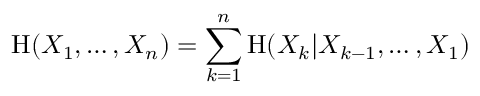
\mathrm { H } ( X _ { 1 } , \dots , X _ { n } ) = \sum _ { k = 1 } ^ { n } \mathrm { H } ( X _ { k } | X _ { k - 1 } , \dots , X _ { 1 } )